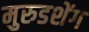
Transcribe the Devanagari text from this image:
मुरुडशेंग